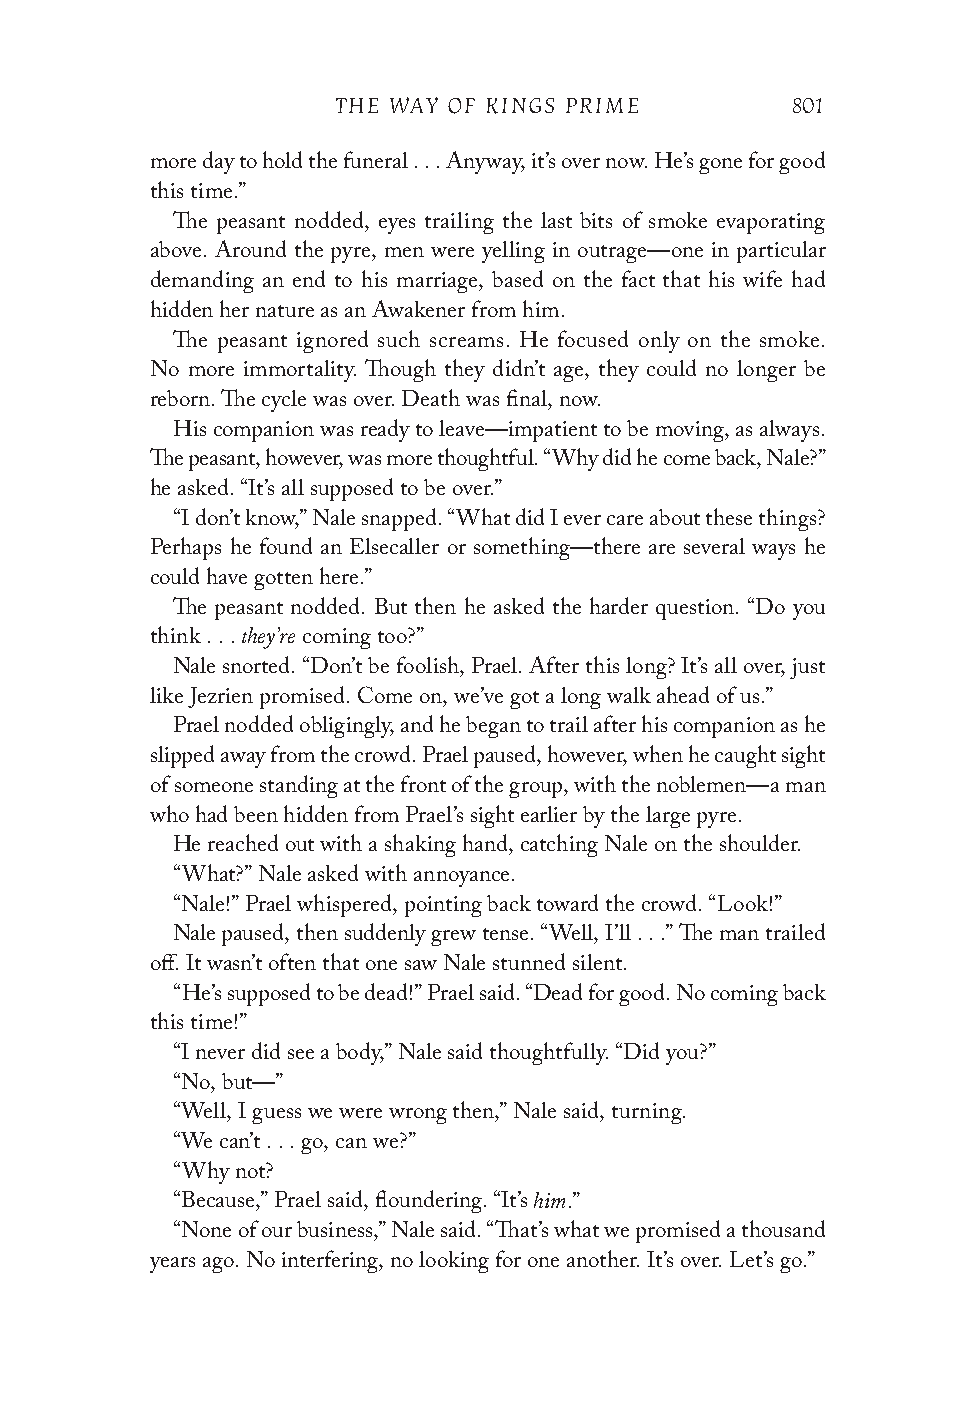
THE WAY OF KINGS PRIME        801
 more day to hold the funeral . . . Anyway, it’s over now. He’s gone for good
 this time.”
 The peasant nodded, eyes trailing the last bits of smoke evaporating
 above. Around the pyre, men were yelling in outrage—one in particular
 demanding an end to his marriage, based on the fact that his wife had
 hidden her nature as an Awakener from him.
 The peasant ignored such screams. He focused only on the smoke.
 No more immortality. Though they didn’t age, they could no longer be
 reborn. The cycle was over. Death was final, now.
 His companion was ready to leave—impatient to be moving, as always.
 The peasant, however, was more thoughtful. “Why did he come back, Nale?”
 he asked. “It’s all supposed to be over.”
 “I don’t know,” Nale snapped. “What did I ever care about these things?
 Perhaps he found an Elsecaller or something—there are several ways he
 could have gotten here.”
 The peasant nodded. But then he asked the harder question. “Do you
 they’re
 think . . . coming too?”
 Nale snorted. “Don’t be foolish, Prael. After this long? It’s all over, just
 like Jezrien promised. Come on, we’ve got a long walk ahead of us.”
 Prael nodded obligingly, and he began to trail after his companion as he
 slipped away from the crowd. Prael paused, however, when he caught sight
 of someone standing at the front of the group, with the noblemen—a man
 who had been hidden from Prael’s sight earlier by the large pyre.
 He reached out with a shaking hand, catching Nale on the shoulder.
 “What?” Nale asked with annoyance.
 “Nale!” Prael whispered, pointing back toward the crowd. “Look!”
 Nale paused, then suddenly grew tense. “Well, I’ll . . .” The man trailed
 off. It wasn’t often that one saw Nale stunned silent.
 “He’s supposed to be dead!” Prael said. “Dead for good. No coming back
 this time!”
 “I never did see a body,” Nale said thoughtfully. “Did you?”
 “No, but—”
 “Well, I guess we were wrong then,” Nale said, turning.
 “We can’t . . . go, can we?”
 “Why not?
 him
 “Because,” Prael said, floundering. “It’s .”
 “None of our business,” Nale said. “That’s what we promised a thousand
 years ago. No interfering, no looking for one another. It’s over. Let’s go.”